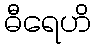
ဓီရေဟိ